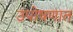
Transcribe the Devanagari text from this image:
उपोषणात